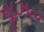
સૂઝાવ